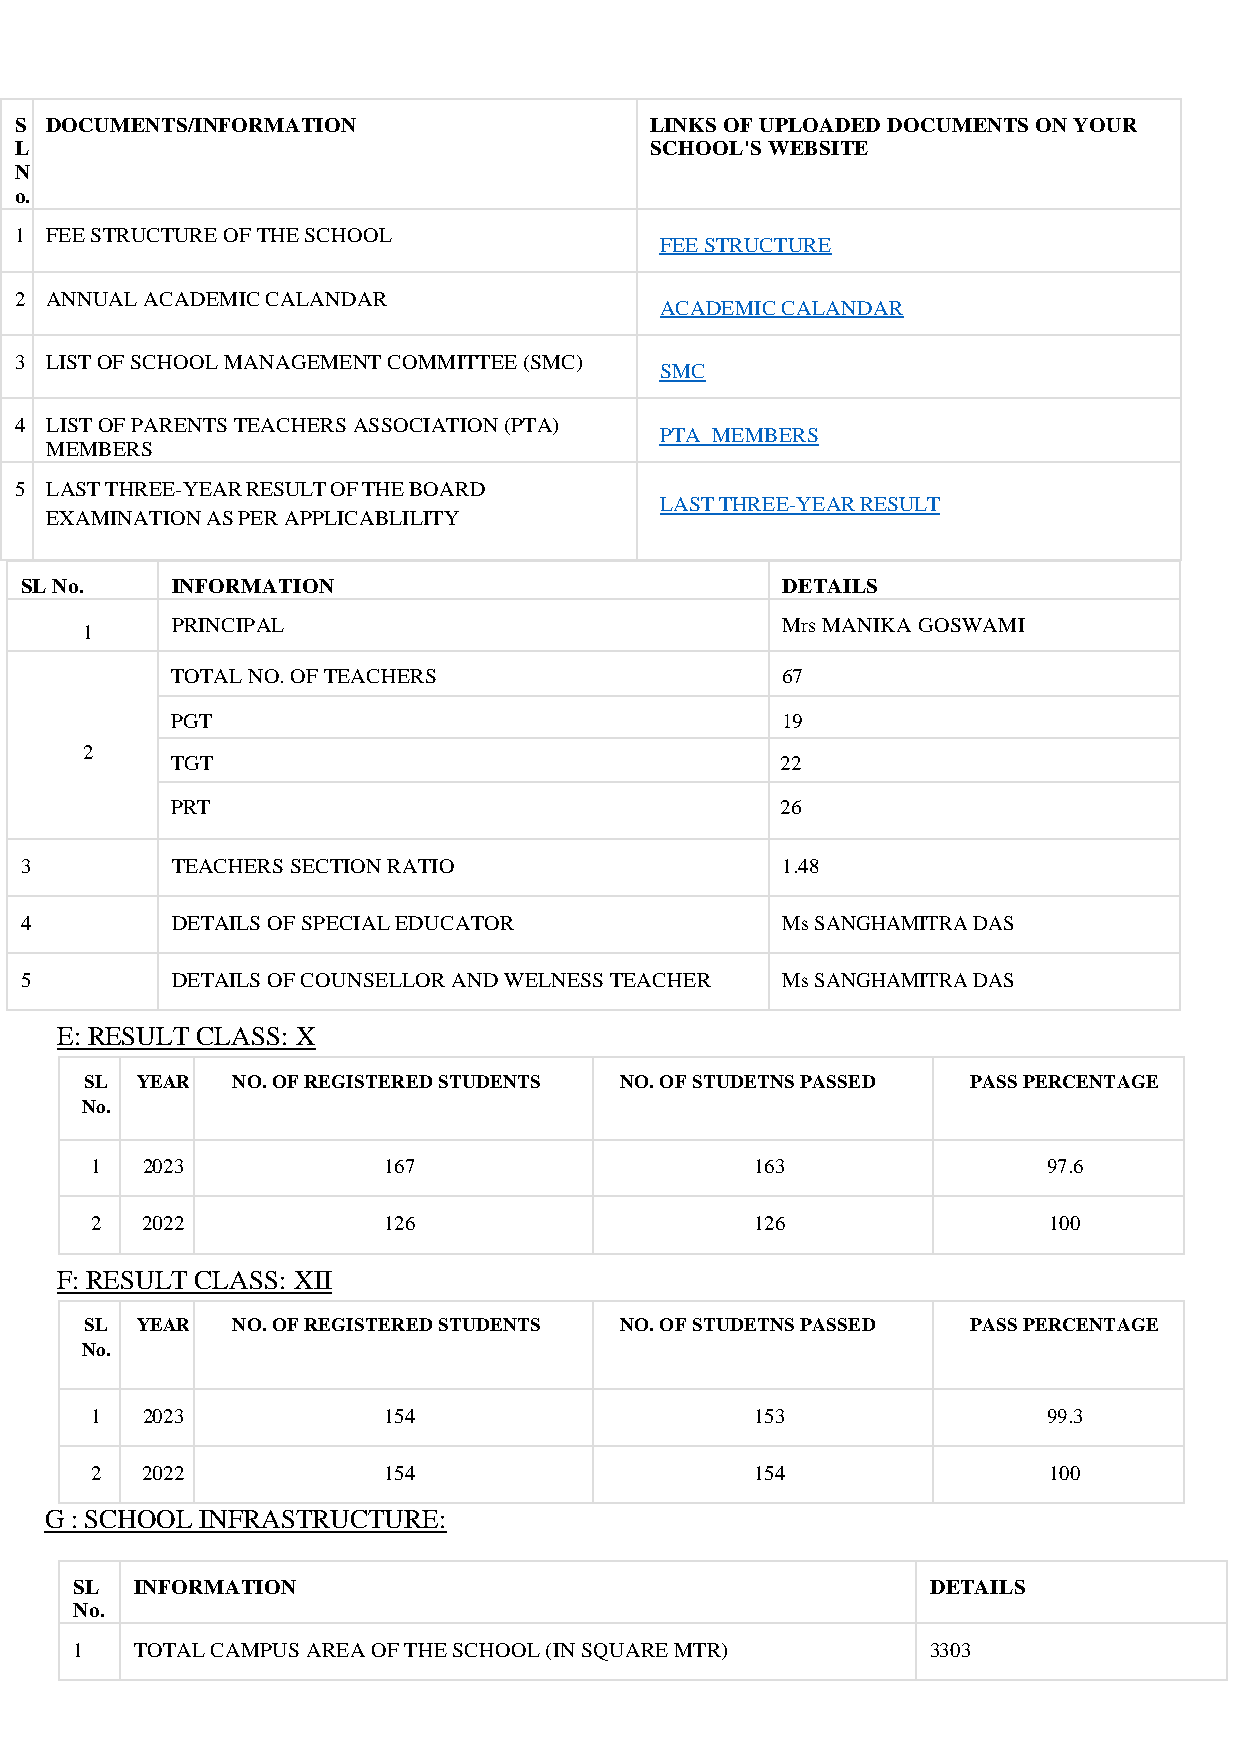
S DOCUMENTS/INFORMATION                   LINKS OF UPLOADED DOCUMENTS ON YOUR
 L                                         SCHOOL'S WEBSITE
 N
 o.
 1 FEE STRUCTURE OF THE SCHOOL
 FEE STRUCTURE
 2 ANNUAL ACADEMIC CALANDAR
 ACADEMIC CALANDAR
 3 LIST OF SCHOOL MANAGEMENT COMMITTEE (SMC)
 SMC
 4 LIST OF PARENTS TEACHERS ASSOCIATION (PTA)
 PTA MEMBERS
 MEMBERS
 5 LAST THREE-YEAR RESULT OF THE BOARD
 LAST THREE-YEAR RESULT
 EXAMINATION AS PER APPLICABLILITY
 SL No.    INFORMATION                              DETAILS
 PRINCIPAL                                Mrs MANIKA GOSWAMI
 1
 TOTAL NO. OF TEACHERS                    67
 PGT                                      19
 2
 TGT                                      22
 PRT                                      26
 3         TEACHERS SECTION RATIO                   1.48
 4         DETAILS OF SPECIAL EDUCATOR              Ms SANGHAMITRA DAS
 5         DETAILS OF COUNSELLOR AND WELNESS TEACHER Ms SANGHAMITRA DAS
 E: RESULT CLASS: X
 SL YEAR  NO. OF REGISTERED STUDENTS NO. OF STUDETNS PASSED PASS PERCENTAGE
 No.
 1  2023            167                      163                97.6
 2  2022            126                      126                100
 F: RESULT CLASS: XII
 SL YEAR  NO. OF REGISTERED STUDENTS NO. OF STUDETNS PASSED PASS PERCENTAGE
 No.
 1  2023            154                      153                99.3
 2  2022            154                      154                100
 G : SCHOOL INFRASTRUCTURE:
 SL  INFORMATION                                          DETAILS
 No.
 1   TOTAL CAMPUS AREA OF THE SCHOOL (IN SQUARE MTR)      3303